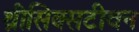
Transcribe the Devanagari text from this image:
थ्रीसिक्सटीवन